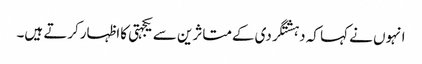
انہوں نے کہا کہ دہشتگردی کےمتاثرین سے یکجہتی کااظہارکرتے ہیں۔